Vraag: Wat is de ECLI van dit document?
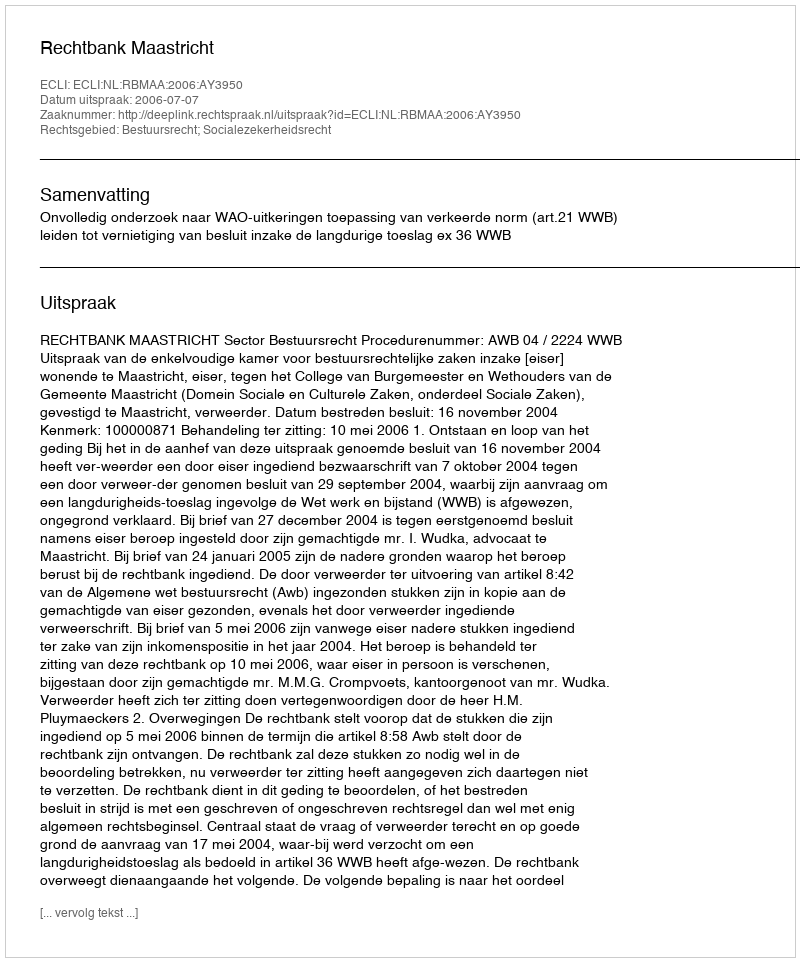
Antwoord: ECLI:NL:RBMAA:2006:AY3950